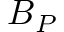
\boldsymbol { B } _ { P }